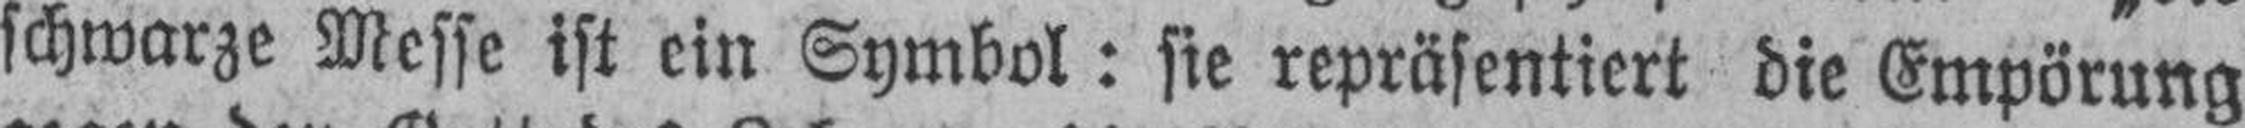
schwarze Messe ist ein Symbol: sie repräsentiert die Empörung